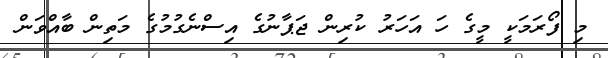
މި ފޯރަމަކީ މީގެ ހަ އަހަރު ކުރިން ޖަޕާނުގެ އިސްނެގުމުގެ މަތިން ބާއްވަން